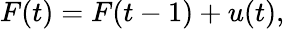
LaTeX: F(t)=F(t-1)+u(t),